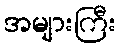
အများကြီး